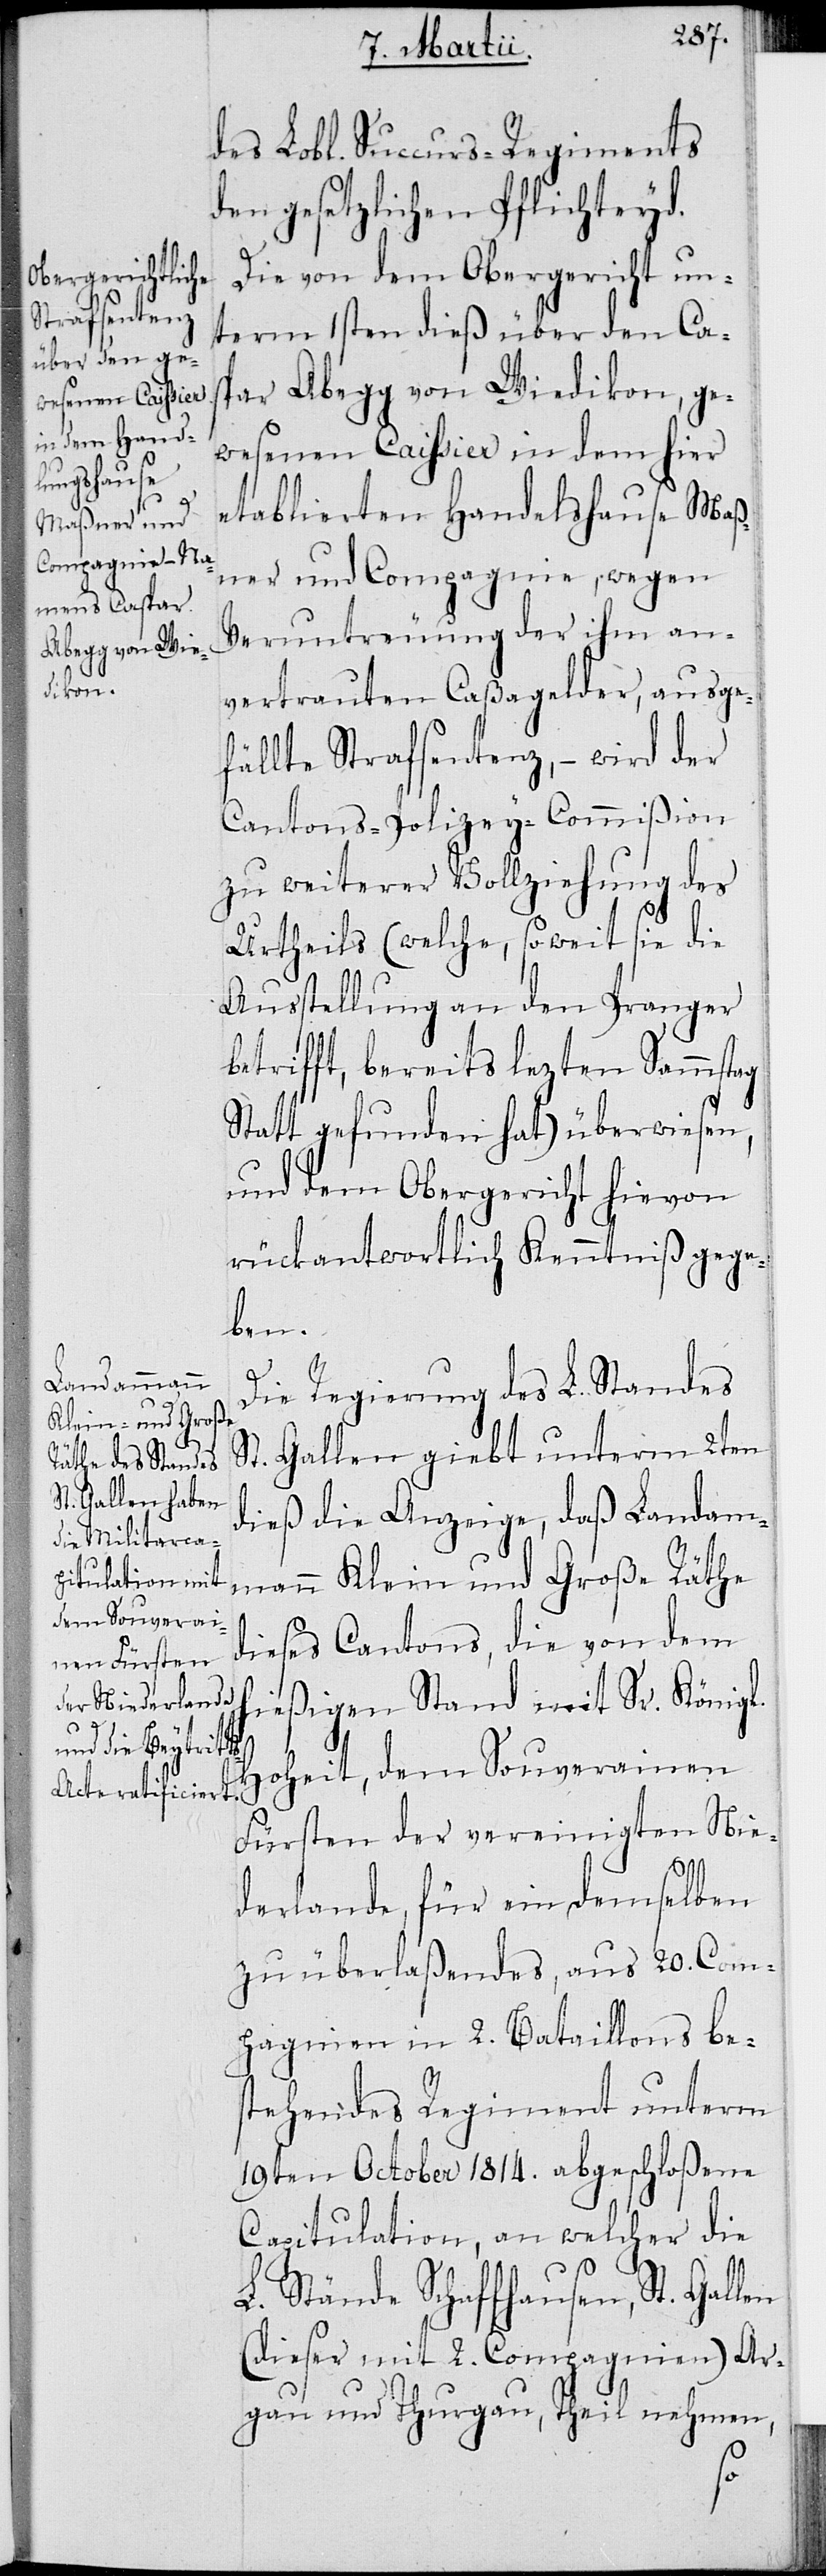
des Lobl. Succurs-Regiments
den gesetzlichen Pflichteyd.
Die von dem Obergericht un¬
term 1sten dieß über den Cas¬
par Abegg von Wiedikon, ge¬
wesenen Caissier in dem hier
etablierten Handelshause Maß¬
ner und Compagnie, wegen
Veruntreuung der ihm an¬
vertrauten Caßagelder, ausge¬
fällte Strafsentenz, – wird der
Cantons-Polizey-Commißion
zu weiterer Vollziehung des
Urtheils (welche, soweit sie die
Ausstellung an den Pranger
betrifft, bereits lezten Sammstag
Statt gefunden hat) überwiesen,
und dem Obergericht hievon
rückantwortlich Kenntniß gege¬
len
Die Regierung des L. Standes
St. Gallen giebt unterm 2ten
dieß die Anzeige, daß Landam¬
mann Klein und Große Räthe
dieses Cantons, die von dem
hießigen Stand mit Sr. Königl.
Hoheit, dem Souverainen
Fürsten der vereinigten Nie¬
derlande, für ein demselben
zu überlaßendes, aus 20. Com¬
pagnien in 2. Bataillons be¬
stehendes Regiment unterm
19ten October 1814. abgeschloßene
Capitulation, an welcher die
L. Stände Schaffhausen, St. Gal¬
(dieser mit 2. Compagnien), Ar¬
gau und Thurgau, Theil nehmen,